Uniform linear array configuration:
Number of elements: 16
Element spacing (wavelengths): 0.5
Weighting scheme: hamming
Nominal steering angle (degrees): -15
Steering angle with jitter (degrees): -14.455
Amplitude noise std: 0.05
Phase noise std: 0.05

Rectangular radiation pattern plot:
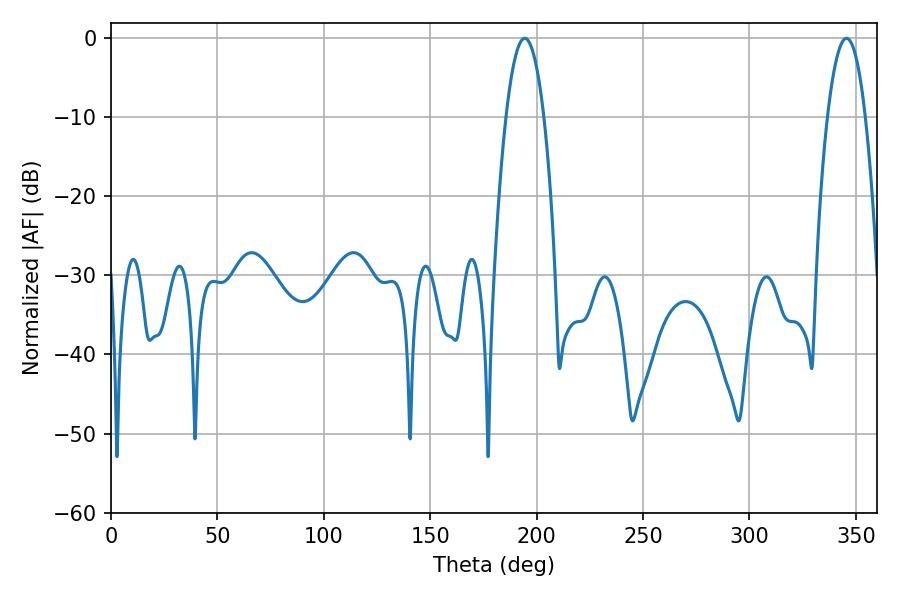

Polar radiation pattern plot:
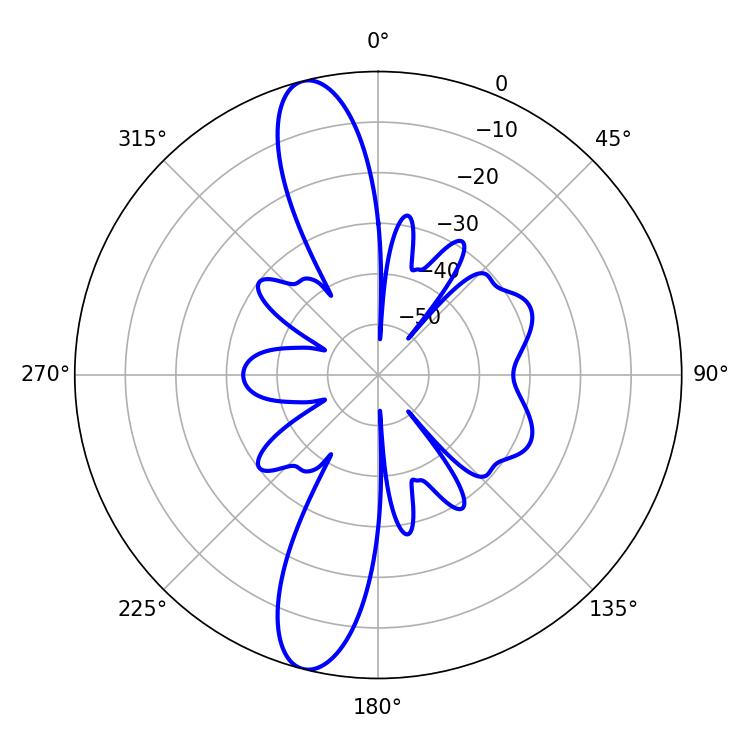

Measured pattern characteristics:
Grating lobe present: FALSE
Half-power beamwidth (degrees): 9.9
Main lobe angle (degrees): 194.4